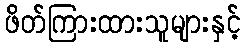
ဖိတ်ကြားထားသူများနှင့်